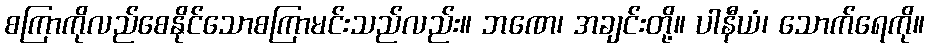
စကြာကိုလည်စေနိုင်သောစကြာမင်းသည်လည်း။ ဘဏေ၊ အချင်းတို့။ ပါနီယံ၊ သောက်ရေကို။